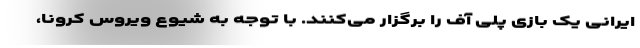
ایرانی یک بازی پلی آف را برگزار می‌کنند. با توجه به شیوع ویروس کرونا،